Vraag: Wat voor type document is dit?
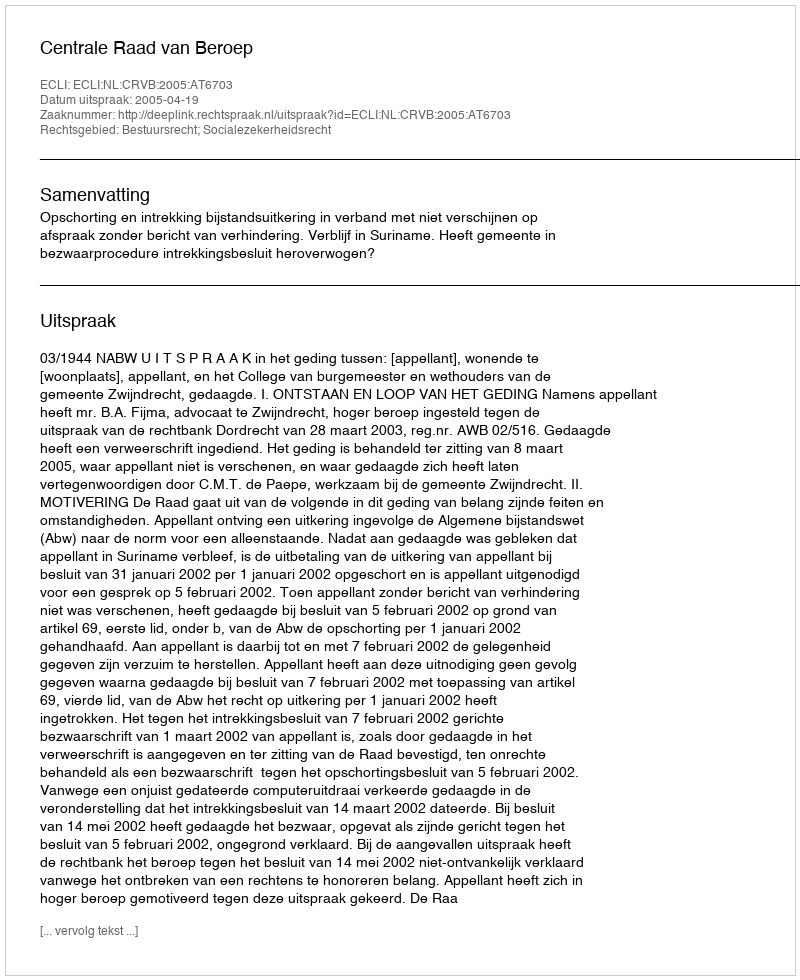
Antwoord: Uitspraak